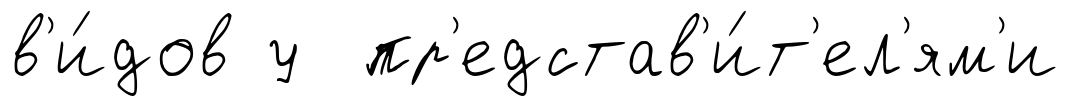
в'и́дов у пр'едстав'и́т'ел'ям'и